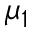
\mu _ { 1 }